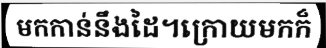
មកកាន់នឹងដៃ។ក្រោយមកក៏